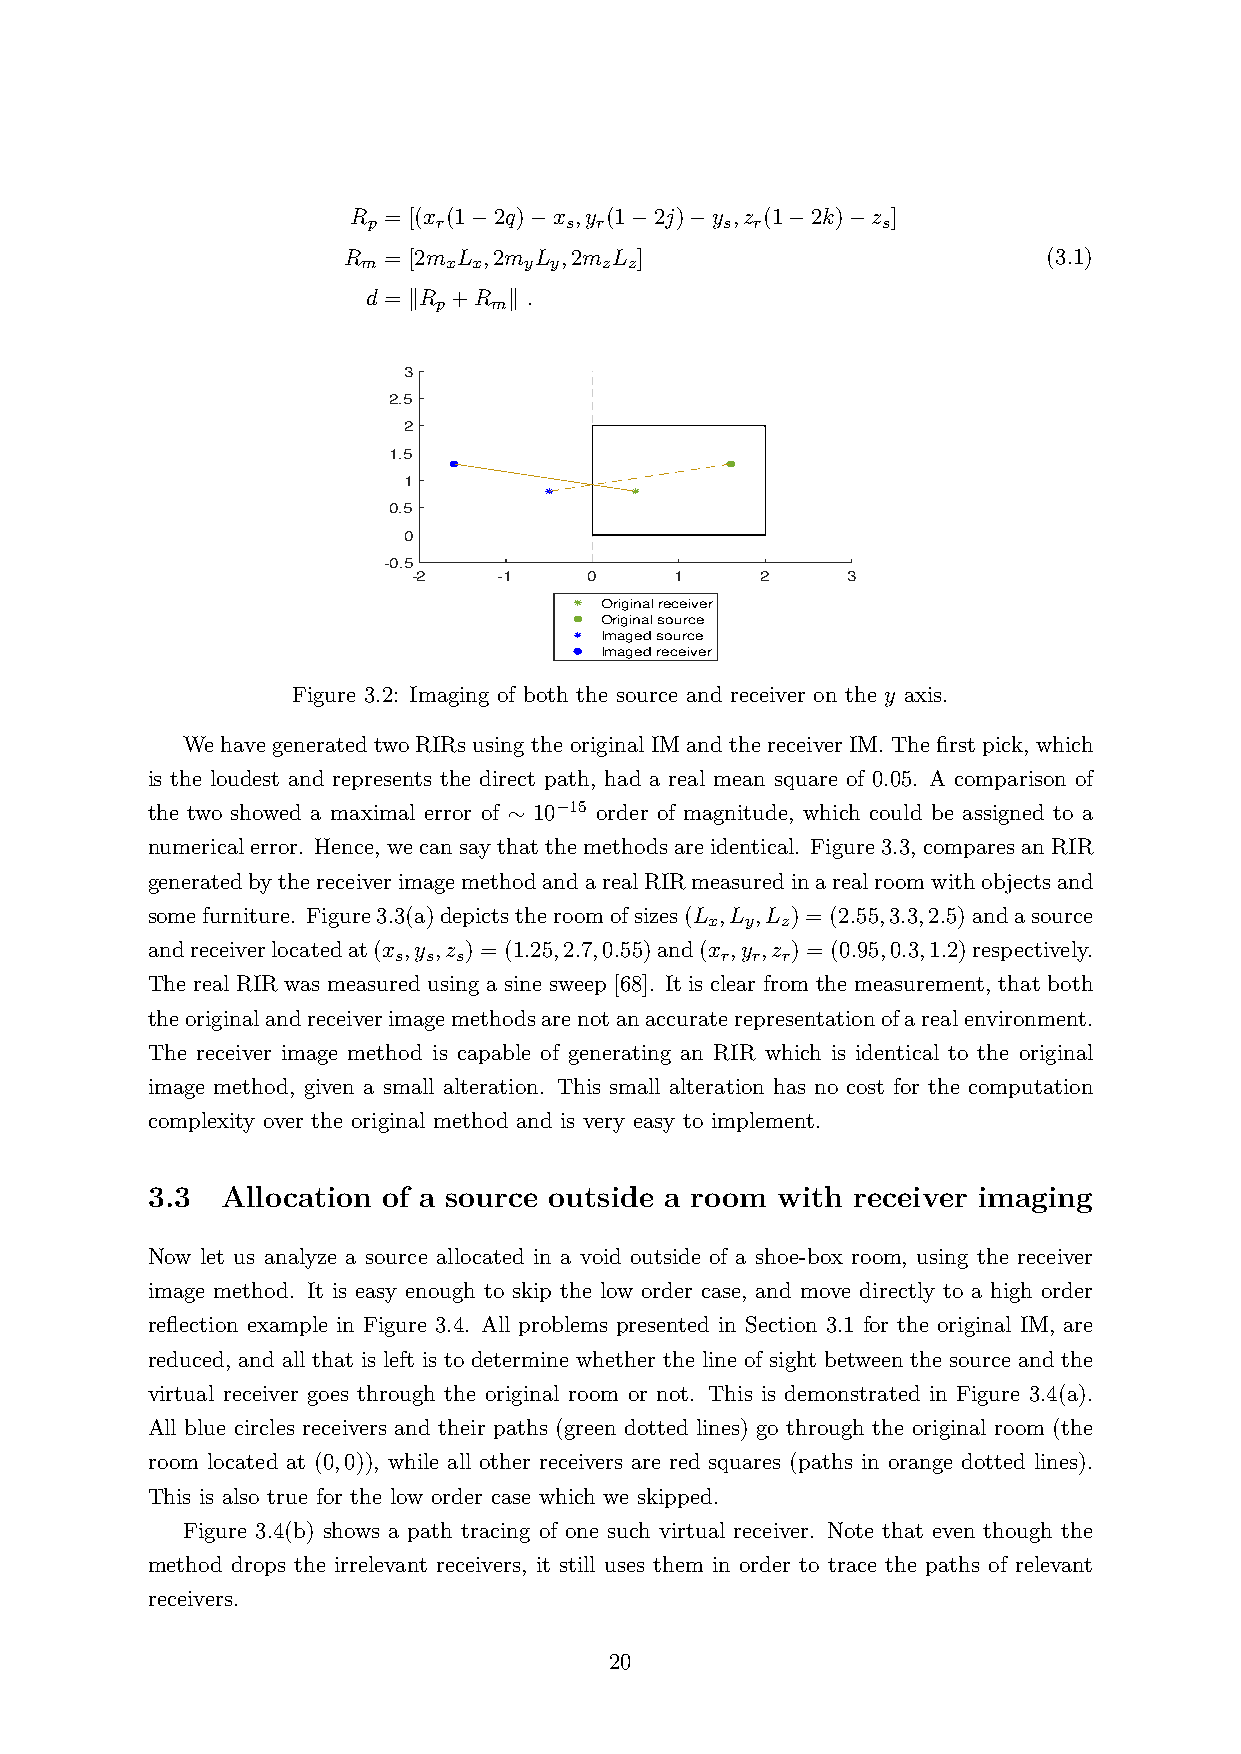
R = [(x (1−2q)−x ,y (1−2j)−y ,z (1−2k)−z ]
 p    r       s r        s r       s
 R = [2m L ,2m L ,2m L ]                       (3.1)
 m    x x   y y  z z
 d = ∥R +R ∥ .
 p   m
 3
 2.5
 2
 1.5
 1
 0.5
 0
 -0.5
 -2    -1    0     1    2     3
 Original receiver
 Original source
 Imaged source
 Imaged receiver
 Figure 3.2: Imaging of both the source and receiver on the y axis.
 We have generated two RIRs using the original IM and the receiver IM. The first pick, which
 is the loudest and represents the direct path, had a real mean square of 0.05. A comparison of
 the two showed a maximal error of ∼ 10−15 order of magnitude, which could be assigned to a
 numericalerror. Hence, wecansaythatthemethodsareidentical. Figure3.3, comparesanRIR
 generatedbythereceiverimagemethodandarealRIRmeasuredinarealroomwithobjectsand
 somefurniture. Figure3.3(a)depictstheroomofsizes(L ,L ,L ) = (2.55,3.3,2.5)andasource
 x y  z
 andreceiverlocatedat(x ,y ,z ) = (1.25,2.7,0.55)and(x ,y ,z ) = (0.95,0.3,1.2)respectively.
 s s s                 r r r
 The real RIR was measured using a sine sweep [68]. It is clear from the measurement, that both
 theoriginalandreceiverimagemethodsarenotanaccuraterepresentationofarealenvironment.
 The receiver image method is capable of generating an RIR which is identical to the original
 image method, given a small alteration. This small alteration has no cost for the computation
 complexity over the original method and is very easy to implement.
 3.3  Allocation of a source outside a room with receiver imaging
 Now let us analyze a source allocated in a void outside of a shoe-box room, using the receiver
 image method. It is easy enough to skip the low order case, and move directly to a high order
 reflection example in Figure 3.4. All problems presented in Section 3.1 for the original IM, are
 reduced, and all that is left is to determine whether the line of sight between the source and the
 virtual receiver goes through the original room or not. This is demonstrated in Figure 3.4(a).
 All blue circles receivers and their paths (green dotted lines) go through the original room (the
 room located at (0,0)), while all other receivers are red squares (paths in orange dotted lines).
 This is also true for the low order case which we skipped.
 Figure 3.4(b) shows a path tracing of one such virtual receiver. Note that even though the
 method drops the irrelevant receivers, it still uses them in order to trace the paths of relevant
 receivers.
 20